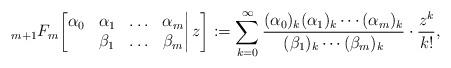
LaTeX: \begin{align*}{}_{m+1}F_m\bigg[\begin{matrix}\alpha_0&\alpha_1&\ldots&\alpha_m\\&\beta_1&\ldots&\beta_m\end{matrix}\bigg|\,z\bigg]:=\sum_{k=0}^{\infty}\frac{(\alpha_0)_k(\alpha_1)_k\cdots(\alpha_m)_k}{(\beta_1)_k\cdots(\beta_m)_k}\cdot\frac{z^k}{k!},\end{align*}